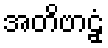
အတိဗာဠှံ